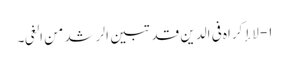
۱- لا إکراہ فی الدین قد تبین الرشد من الغی۔